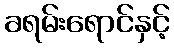
ခရမ်းရောင်နှင့်